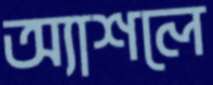
অ্যাশলে